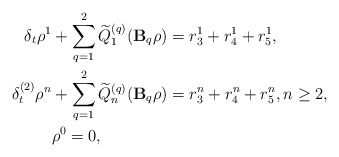
\begin{align*} \delta_t \rho^1 & + \sum\limits_{q=1}^{2}\widetilde{Q}_{1}^{(q)}(\mathbf{B}_q\rho) = r_3^{1} + r_4^1 + r_5^1, \\ \delta_t^{(2)} \rho^n & + \sum\limits_{q=1}^{2} \widetilde{Q}_{n}^{(q)}(\mathbf{B}_q\rho) = r_3^{n} + r_4^{n} + r_5^{n}, n\geq 2, \\ & \rho^0=0, \end{align*}